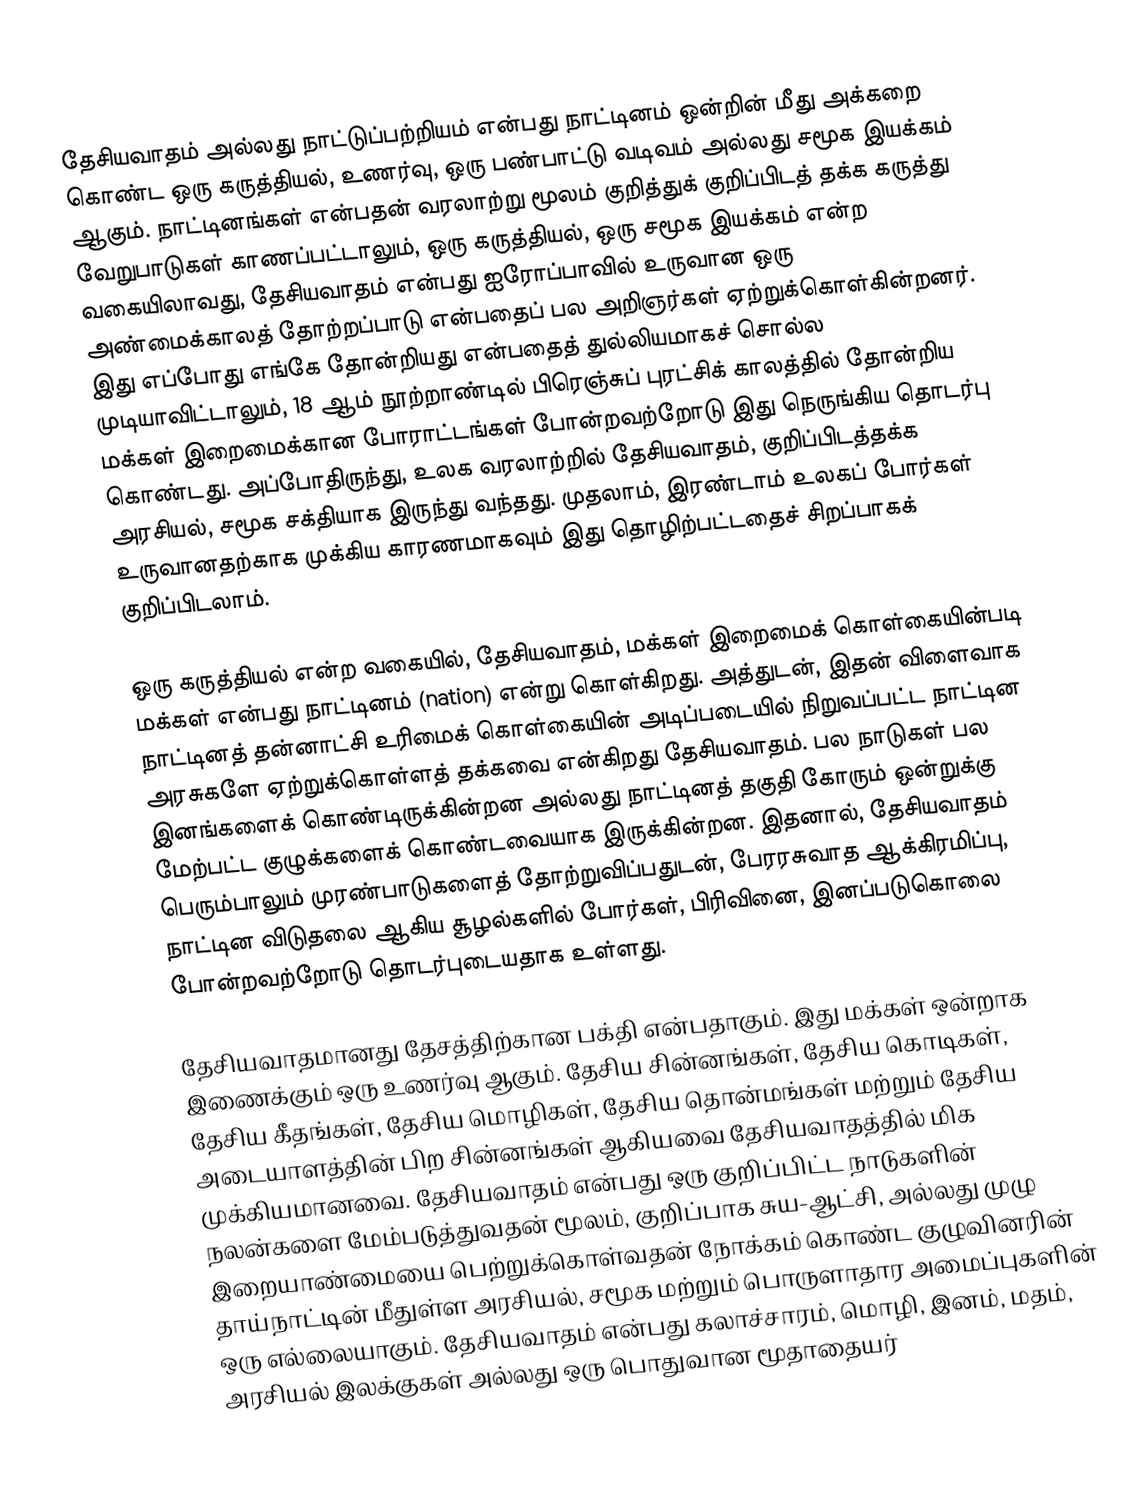
தேசியவாதம் அல்லது நாட்டுப்பற்றியம் என்பது நாட்டினம் ஒன்றின் மீது அக்கறை கொண்ட ஒரு கருத்தியல், உணர்வு, ஒரு பண்பாட்டு வடிவம் அல்லது சமூக இயக்கம் ஆகும். நாட்டினங்கள் என்பதன் வரலாற்று மூலம் குறித்துக் குறிப்பிடத் தக்க கருத்து வேறுபாடுகள் காணப்பட்டாலும், ஒரு கருத்தியல், ஒரு சமூக இயக்கம் என்ற வகையிலாவது, தேசியவாதம் என்பது ஐரோப்பாவில் உருவான ஒரு அண்மைக்காலத் தோற்றப்பாடு என்பதைப் பல அறிஞர்கள் ஏற்றுக்கொள்கின்றனர். இது எப்போது எங்கே தோன்றியது என்பதைத் துல்லியமாகச் சொல்ல முடியாவிட்டாலும், 18 ஆம் நூற்றாண்டில் பிரெஞ்சுப் புரட்சிக் காலத்தில் தோன்றிய மக்கள் இறைமைக்கான போராட்டங்கள் போன்றவற்றோடு இது நெருங்கிய தொடர்பு கொண்டது. அப்போதிருந்து, உலக வரலாற்றில் தேசியவாதம், குறிப்பிடத்தக்க அரசியல், சமூக சக்தியாக இருந்து வந்தது. முதலாம், இரண்டாம் உலகப் போர்கள் உருவானதற்காக முக்கிய காரணமாகவும் இது தொழிற்பட்டதைச் சிறப்பாகக் குறிப்பிடலாம்.

ஒரு கருத்தியல் என்ற வகையில், தேசியவாதம், மக்கள் இறைமைக் கொள்கையின்படி மக்கள் என்பது நாட்டினம் (nation) என்று கொள்கிறது. அத்துடன், இதன் விளைவாக நாட்டினத் தன்னாட்சி உரிமைக் கொள்கையின் அடிப்படையில் நிறுவப்பட்ட நாட்டின அரசுகளே ஏற்றுக்கொள்ளத் தக்கவை என்கிறது தேசியவாதம். பல நாடுகள் பல இனங்களைக் கொண்டிருக்கின்றன அல்லது நாட்டினத் தகுதி கோரும் ஒன்றுக்கு மேற்பட்ட குழுக்களைக் கொண்டவையாக இருக்கின்றன. இதனால், தேசியவாதம் பெரும்பாலும் முரண்பாடுகளைத் தோற்றுவிப்பதுடன், பேரரசுவாத ஆக்கிரமிப்பு, நாட்டின விடுதலை ஆகிய சூழல்களில் போர்கள், பிரிவினை, இனப்படுகொலை போன்றவற்றோடு தொடர்புடையதாக உள்ளது.

தேசியவாதமானது தேசத்திற்கான பக்தி என்பதாகும். இது மக்கள் ஒன்றாக இணைக்கும் ஒரு உணர்வு ஆகும். தேசிய சின்னங்கள், தேசிய கொடிகள், தேசிய கீதங்கள், தேசிய மொழிகள், தேசிய தொன்மங்கள் மற்றும் தேசிய அடையாளத்தின் பிற சின்னங்கள் ஆகியவை தேசியவாதத்தில் மிக முக்கியமானவை. தேசியவாதம் என்பது ஒரு குறிப்பிட்ட நாடுகளின் நலன்களை மேம்படுத்துவதன் மூலம், குறிப்பாக சுய-ஆட்சி, அல்லது முழு இறையாண்மையை பெற்றுக்கொள்வதன் நோக்கம் கொண்ட குழுவினரின் தாய்நாட்டின் மீதுள்ள அரசியல், சமூக மற்றும் பொருளாதார அமைப்புகளின் ஒரு எல்லையாகும். தேசியவாதம் என்பது கலாச்சாரம், மொழி, இனம், மதம், அரசியல் இலக்குகள் அல்லது ஒரு பொதுவான மூதாதையர்